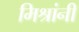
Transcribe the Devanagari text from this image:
मिश्रांनी